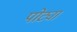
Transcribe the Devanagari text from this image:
पोट्या